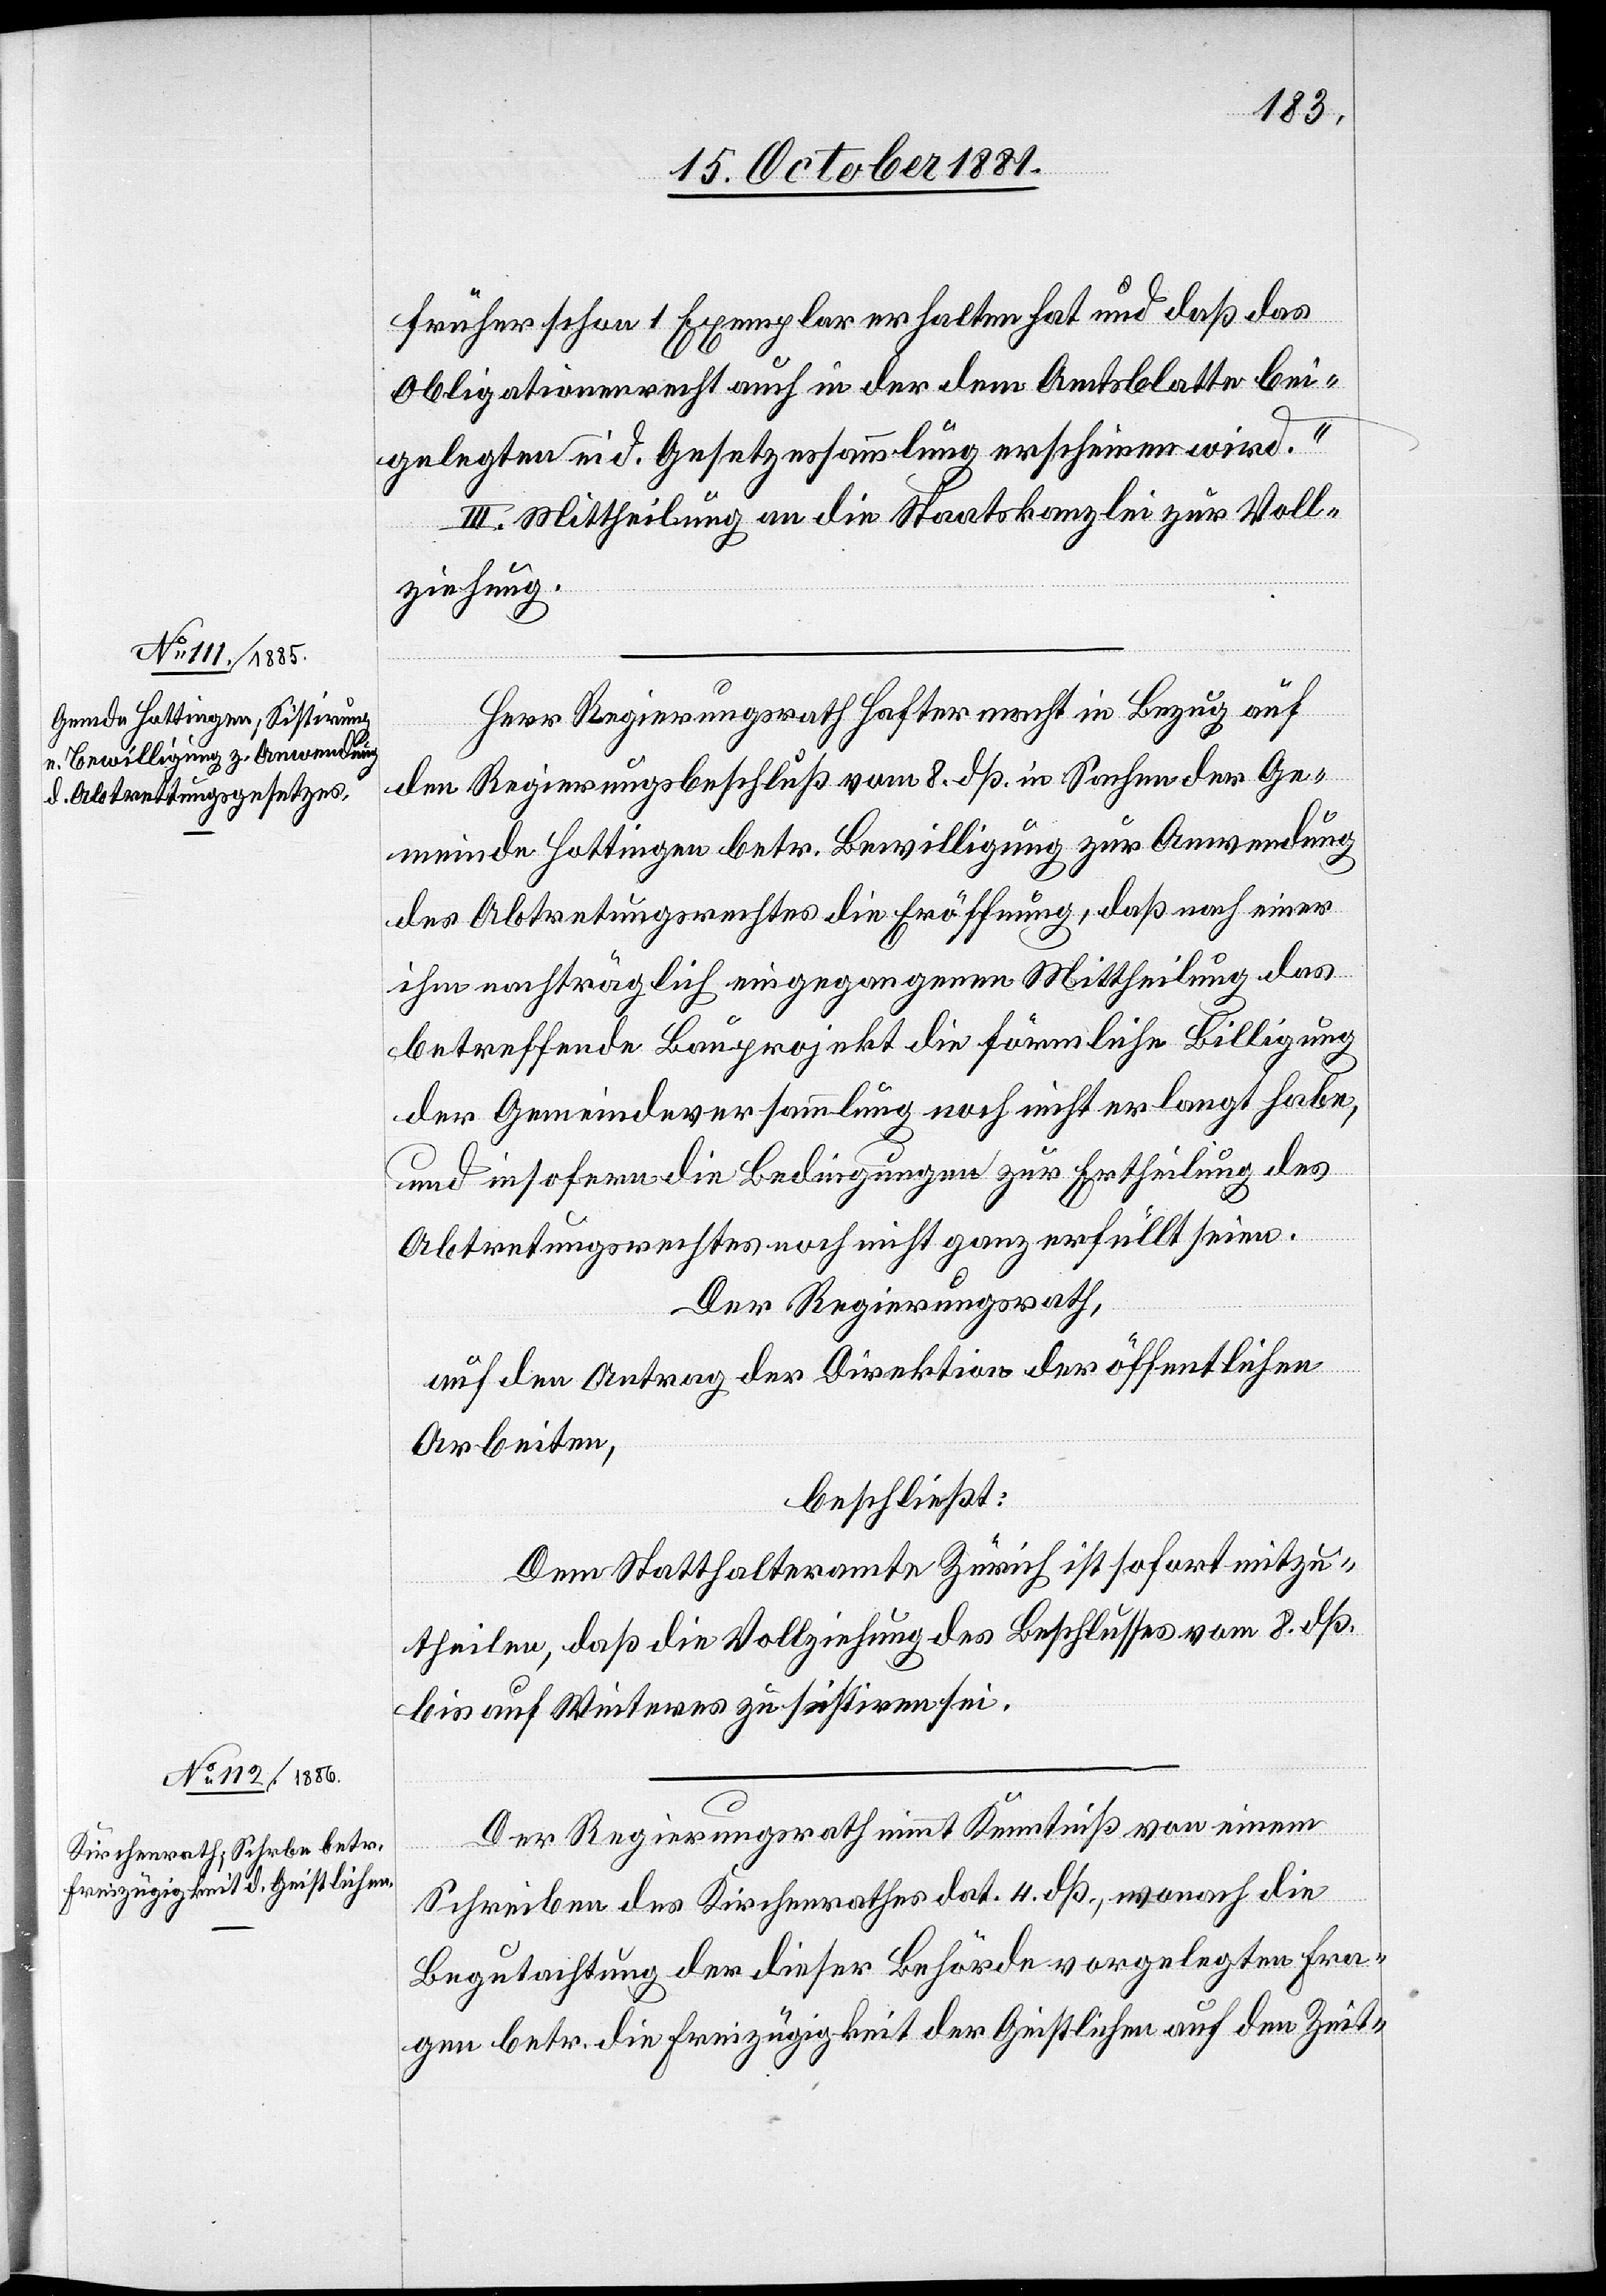
früher schon 1 Exemplar erhalten hat und daß das
Obligationenrecht auch in der dem Amtsblatte bei¬
gelegten eid. Gesetzessammlung erscheinen wird.“
III. Mittheilung an die Staatskanzlei zur Voll¬
ziehung.
Herr Regierungsrath Hafter macht in Bezug auf
den Regierungsbeschluß vom 8. dß. in Sachen der Ge¬
meinde Hottingen betr. Bewilligung zur Anwendung
des Abtretungsrechtes die Eröffnung, daß nach einer
ihm nachträglich eingegangenen Mittheilung das
betreffende Bauprojekt die förmliche Billigung
der Gemeindeversammlung noch nicht erlangt habe,
und insofern die Bedingungen zur Ertheilung des
Abtretungsrechtes noch nicht ganz erfüllt seien.
Der Regierungsrath,
auf den Antrag der Direktion der öffentlichen
Arbeiten,
beschließt:
Dem Statthalteramte Zürich ist sofort mitzu¬
theilen, das die Vollziehung des Beschlusses vom 8. dß.
bis auf Weiteres zu sistiren sei.
Der Regierungsrath nimmt Kenntniß von einem
Schreiben des Kirchenrathes dat. 4. dß., wonach die
Begutachtung der dieser Behörde vorgelegten Fra¬
gen betr. die Freizügigkeit der Geistlichen auf den Zeit-